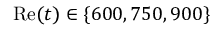
\mathrm { R e } ( t ) \in \{ 6 0 0 , 7 5 0 , 9 0 0 \}